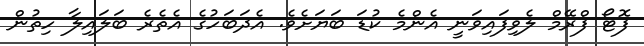
ފޮޓޯ ފްރޭމް ލެވިފައިވަނީ އެންމެ ކުޑަ ބަަޔަށެވެ. އެދަބަހުގެ އެތެރެ ބަލައިލާ ހިތުން